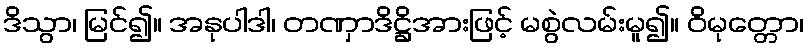
ဒိသွာ၊ မြင်၍။ အနုပါဒါ၊ တဏှာဒိဋ္ဌိအားဖြင့် မစွဲလမ်းမူ၍။ ဝိမုတ္တော၊